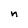
Character: n